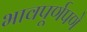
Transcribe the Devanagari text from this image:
भावपूर्णपणे